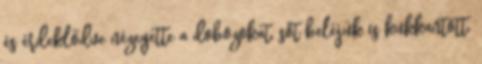
és érdeklődve nézegette a dobozokat, sőt beléjük is kukkantott.